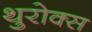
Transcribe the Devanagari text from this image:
थुरोक्स